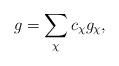
LaTeX: \begin{align*}g = \sum_\chi c_\chi g_\chi,\end{align*}